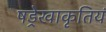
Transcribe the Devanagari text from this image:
षड्रेखाकृतियं